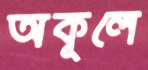
অকূলে